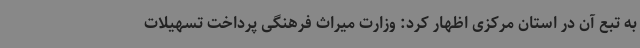
به تبع آن در استان مرکزی اظهار کرد: وزارت میراث فرهنگی پرداخت تسهیلات